Scientific memoirs by medical officers of the Army of India - Part XII,
Year: 1901
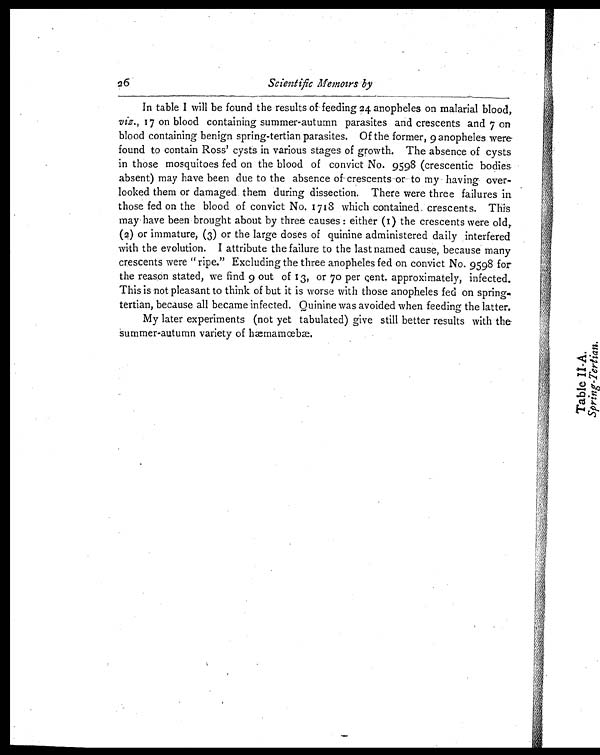
Scientific Memoirs by
In table I will be found the results of feeding 24 anopheles on malarial blood,
viz., 17 on blood containing summer-autumn parasites and crescents and 7 on
blood containing benign spring-tertian parasites. Of the former, 9 anopheles were
found to contain Ross' cysts in various stages of growth. The absence of cysts
in those mosquitoes fed on the blood of convict No. 9598 (crescentic bodies
absent) may have been due to the absence of crescents or to my having over-
looked them or damaged them during dissection. There were three failures in
those fed on the blood of convict No. 1718 which contained crescents. This
may have been brought about by three causes : either (I) the crescents were old,
(2) or immature, (3) or the large doses of quinine administered daily interfered
with the evolution. I attribute the failure to the last named cause, because many
crescents were "ripe." Excluding the three anopheles fed on convict No. 9598 for
the reason stated, we find 9 out of 13, or 70 per cent. approximately, infected.
This is not pleasant to think of but it is worse with those anopheles fed on spring-
tertian, because all became infected. Quinine was avoided when feeding the latter.
My later experiments (not yet tabulated) give still better results with the
summer-autumn variety of hæmamœbæ.